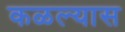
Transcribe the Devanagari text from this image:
कळल्यास